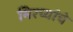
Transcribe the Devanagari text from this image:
मिरच्यांचे